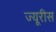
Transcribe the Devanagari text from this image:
ज्यूरीस